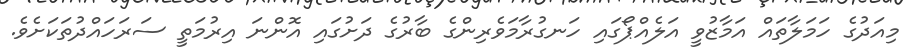
މިއަދުގެ ހަމަލާތައް އަމާޒުވީ އަލެއްޕޯގައި ހަނގުރާމަވެރިންގެ ބާރުގެ ދަށުގައި އޮންނަ އިރުމަތީ ސަރަހައްދުތަކަށެވެ.